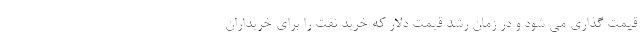
قیمت گذاری می شود و در زمان رشد قیمت دلار که خرید نفت را برای خریداران